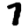
Digit: 7